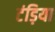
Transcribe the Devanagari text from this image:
टंड़िया